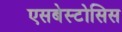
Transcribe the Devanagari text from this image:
एसबेस्टोसिस